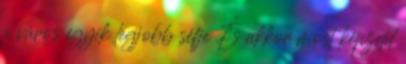
a város egyik legjobb séfje És akkor most képzeld